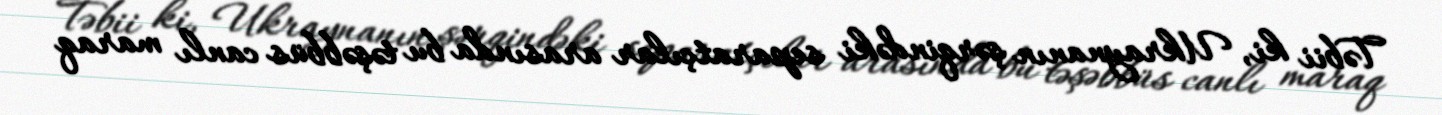
Təbii ki, Ukraynanın şərqindəki separatçılar arasında bu təşəbbüs canlı maraq